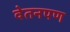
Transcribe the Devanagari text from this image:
वेतनपण